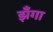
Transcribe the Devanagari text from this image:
झँगा